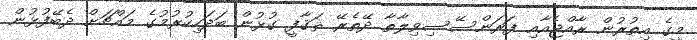
މީގެ އިތުރުން ރާއްޖެއާއި ފަރަންސޭސިވިލާތާ ދޭތެރޭ ޘަޤާފީ ގުޅުން ބަދަހިކުރުމުގެ މައްޗަށް ދެބޭފުޅުން